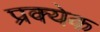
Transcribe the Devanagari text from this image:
प्रक्येक